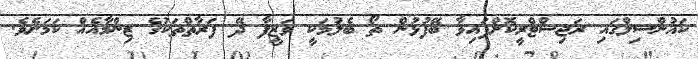
ކައުންސިލްގައި ރަޖިސްޓްރީކޮށްފައިވާ ބޭފުޅުން ތޯ ބެލުމަކީ ވަޒީފާ ދޭ ފަރާތްތަކުގެ ޒިންމާއެއް ކަމަށެވެ.